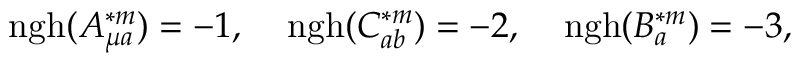
\mathrm { n g h } ( A _ { \mu a } ^ { \ast m } ) = - 1 , \; \; \; \; \mathrm { n g h } ( C _ { a b } ^ { \ast m } ) = - 2 , \; \; \; \; \mathrm { n g h } ( B _ { a } ^ { \ast m } ) = - 3 ,